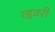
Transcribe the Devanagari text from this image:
रहवरी